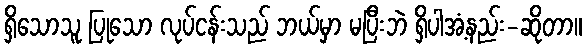
ရှိသောသူ ပြုသော လုပ်ငန်းသည် ဘယ်မှာ မပြီးဘဲ ရှိပါအံ့နည်း-ဆိုတာ။